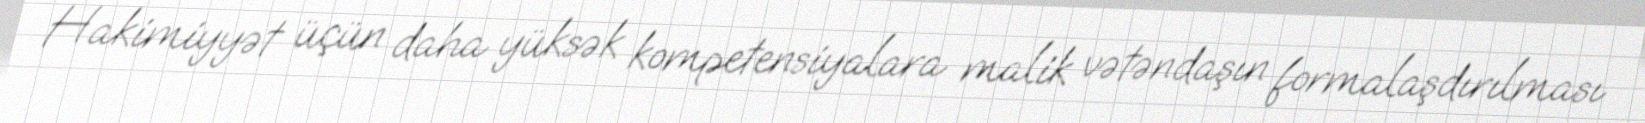
Hakimiyyət üçün daha yüksək kompetensiyalara malik vətəndaşın formalaşdırılması